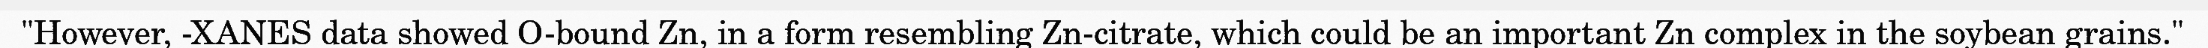
"However, -XANES data showed O-bound Zn, in a form resembling Zn-citrate, which could be an important Zn complex in the soybean grains."